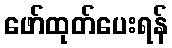
ဖော်ထုတ်ပေးရန်